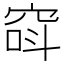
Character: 𥦖